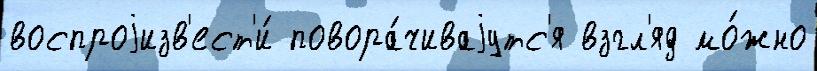
воспроjизв'ест'и́ повора́чиваjутс'я взгл'яд мо́жно